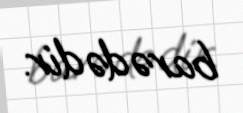
barədədir.